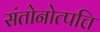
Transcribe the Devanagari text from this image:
संतोनोत्पत्ति